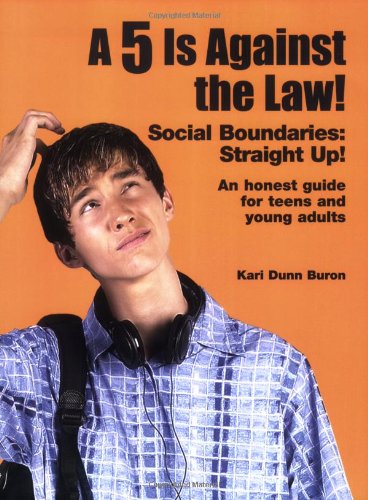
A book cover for A 5 Is Against the Law! Social Boundaries: Straight Up! An honest guide for teens and young adults; Kari Dunn Buron; Education & Teaching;